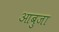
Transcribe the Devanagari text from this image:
आबुजा